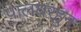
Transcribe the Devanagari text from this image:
पालघरहुन